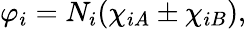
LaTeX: \varphi_{i}=N_{i}(\chi_{iA}\pm\chi_{iB}),